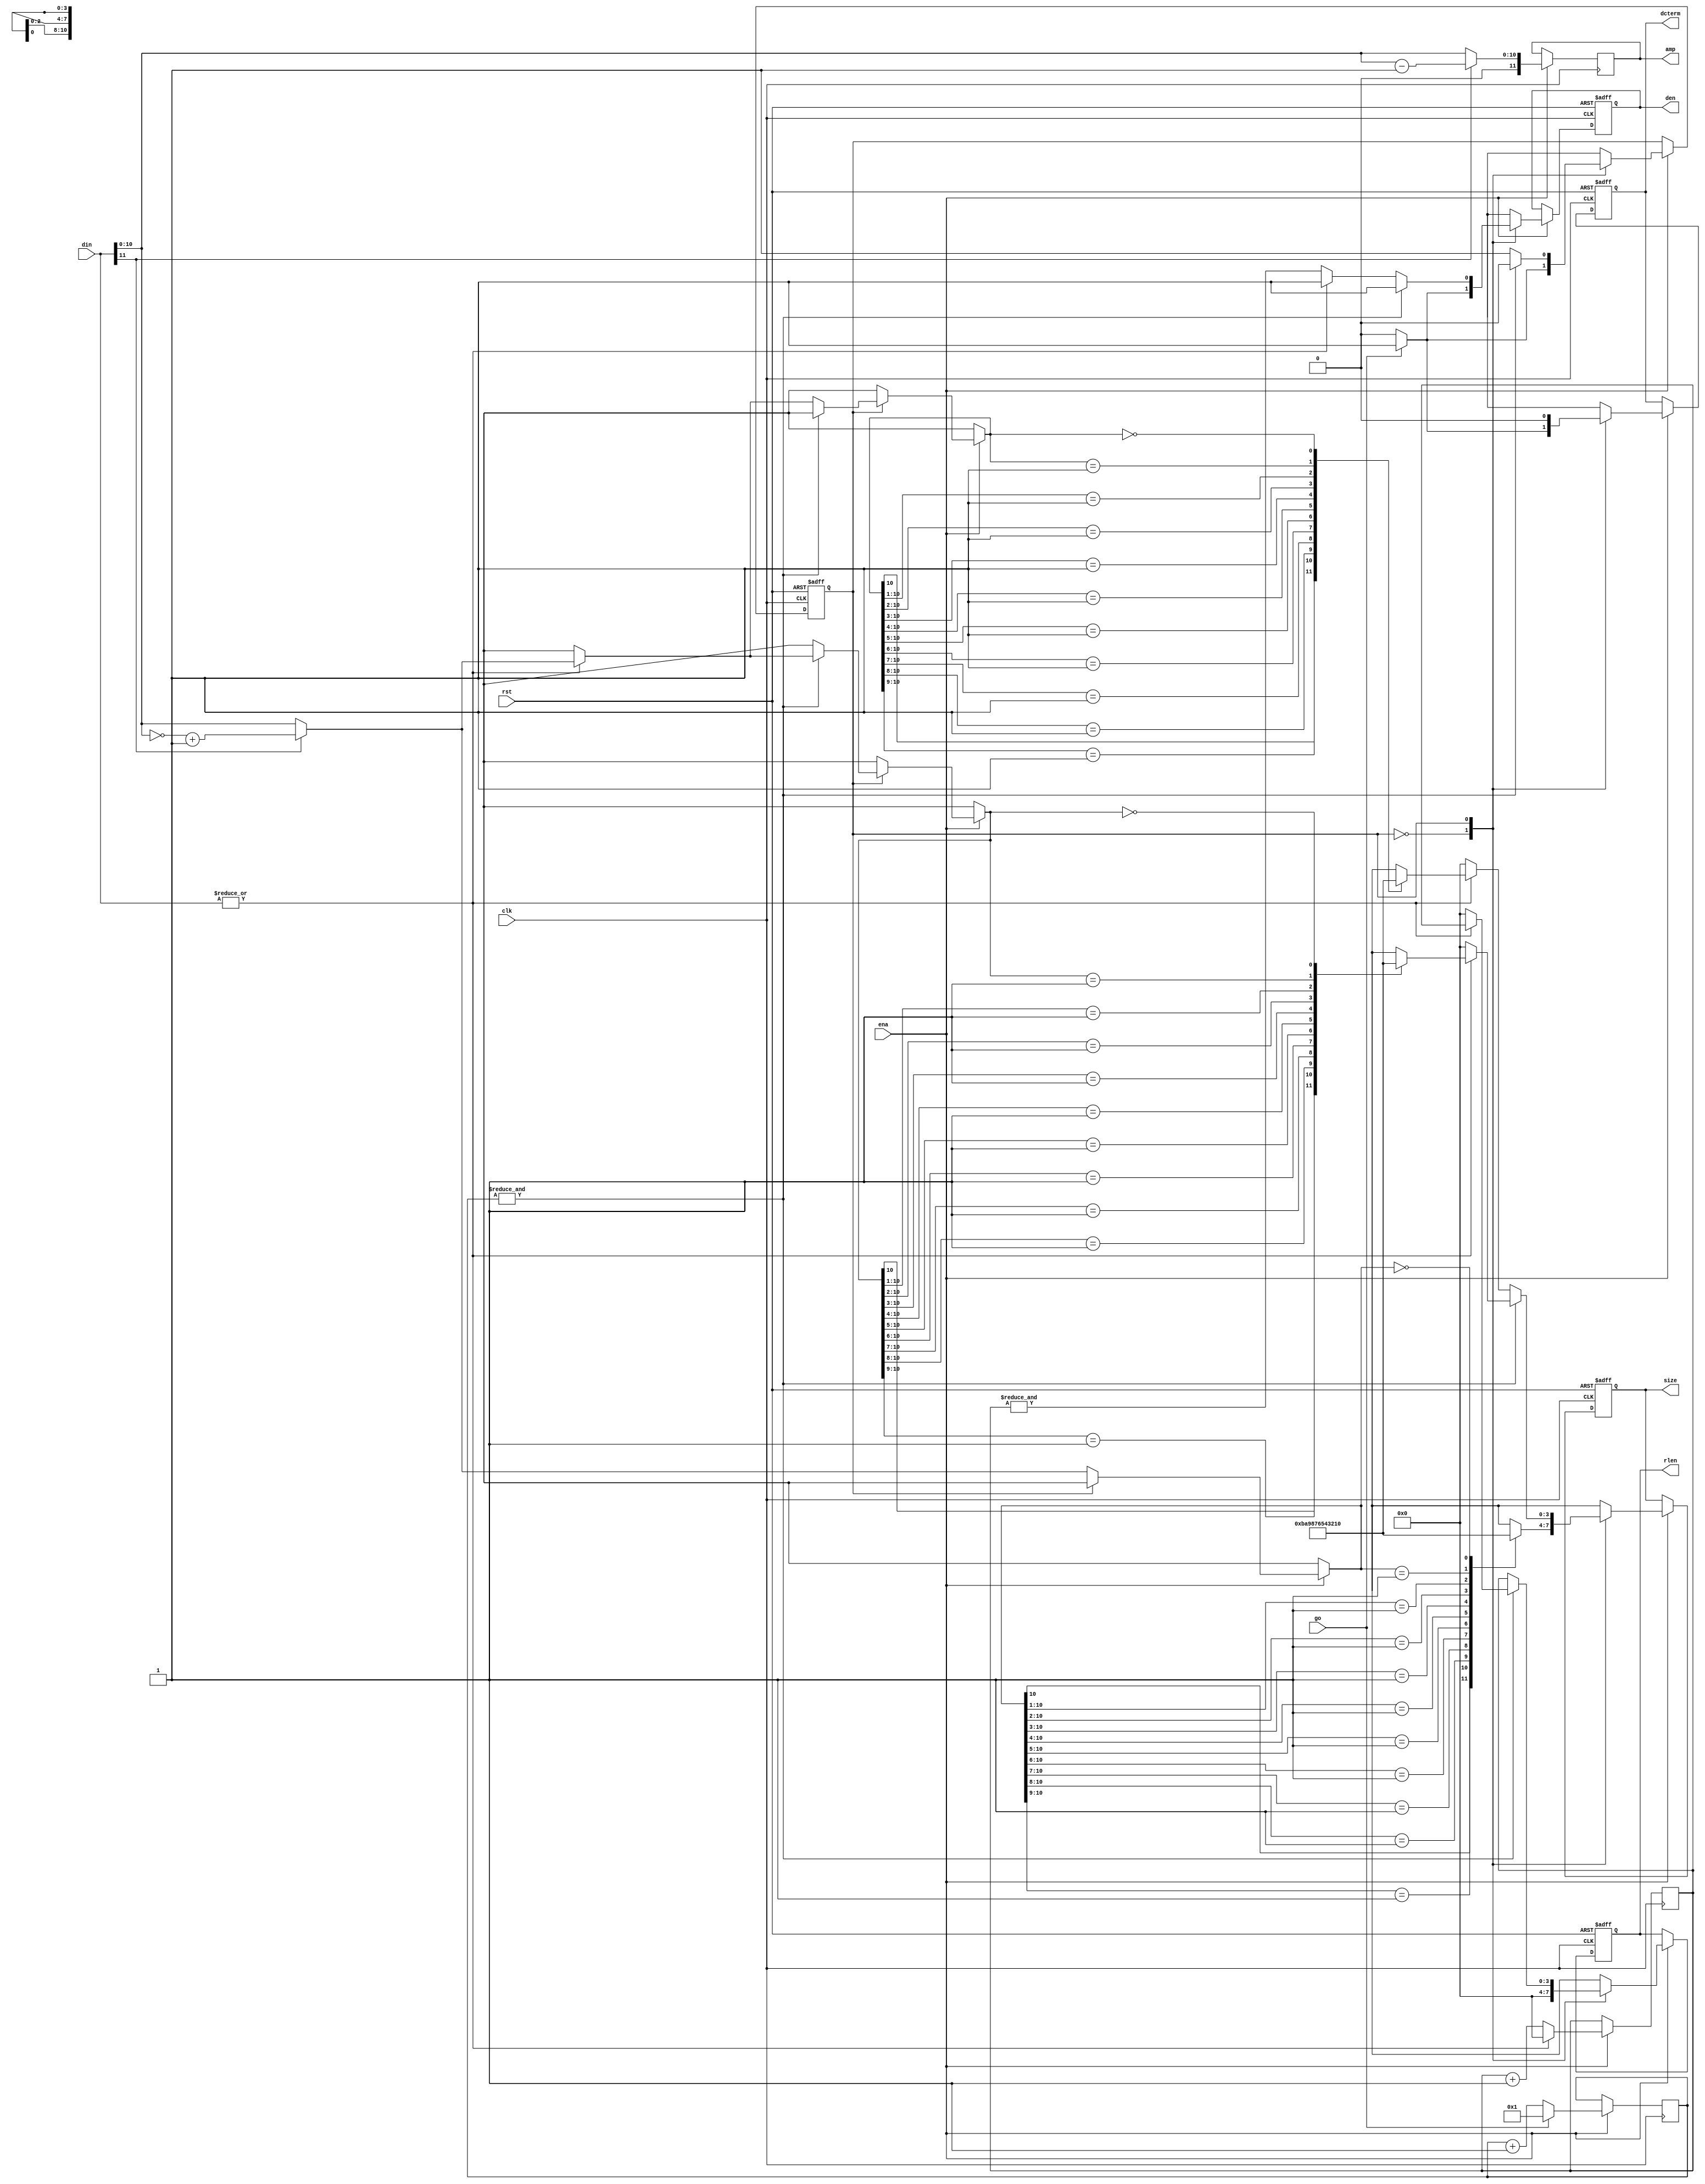
module jpeg_rle1(clk, rst, ena, go, din, rlen, size, amp, den, dcterm);

	//
	// parameters
	//

	//
	// inputs & outputs
	//
	input         clk;    // system clock
	input         rst;    // asynchronous reset
	input         ena;    // clock enable
	input         go;
	input  [11:0] din;    // data input

	output [ 3:0] rlen;   // run-length
	output [ 3:0] size;   // size (or category)
	output [11:0] amp;    // amplitude
	output        den;    // data output enable
	output        dcterm; // DC-term (start of new block)

	reg [ 3:0] rlen, size;
	reg [11:0] amp;
	reg        den, dcterm;

	//
	// variables
	//

	reg [5:0] sample_cnt;
	reg [3:0] zero_cnt;
	wire      is_zero;

	reg       state;
	parameter dc = 1'b0;
	parameter ac = 1'b1;

	//
	// module body
	//

	//
	// function declarations
	//

	// Function abs; absolute value
	function [10:0] abs;
	  input [11:0] a;
	begin
	  if (a[11])
	      abs = (~a[10:0]) +11'h1;
	  else
	      abs = a[10:0];
	end
	endfunction

	// Function cat, calculates category for Din
	function [3:0] cat;
	  input [11:0] a;
	  reg   [10:0] tmp;
	begin
	    // get absolute value
	    tmp = abs(a);

	    // determine category
	    (* full_case, parallel_case *) casex(tmp)
	      11'b1??_????_???? : cat = 4'hb; // 1024..2047
	      11'b01?_????_???? : cat = 4'ha; //  512..1023
	      11'b001_????_???? : cat = 4'h9; //  256.. 511
	      11'b000_1???_???? : cat = 4'h8; //  128.. 255
	      11'b000_01??_???? : cat = 4'h7; //   64.. 127
	      11'b000_001?_???? : cat = 4'h6; //   32..  63
	      11'b000_0001_???? : cat = 4'h5; //   16..  31
	      11'b000_0000_1??? : cat = 4'h4; //    8..  15
	      11'b000_0000_01?? : cat = 4'h3; //    4..   7
	      11'b000_0000_001? : cat = 4'h2; //    2..   3
	      11'b000_0000_0001 : cat = 4'h1; //    1
	      11'b000_0000_0000 : cat = 4'h0; //    0 (DC only)
	    endcase
	end
	endfunction


	// Function modamp, calculate additional bits per category
	function [10:0] rem;
	  input [11:0] a;
	  reg   [10:0] tmp, tmp_rem;
	begin
	    tmp_rem = a[11] ? (a[10:0] - 10'h1) : a[10:0];

	    if(0)
	    begin
	      // get absolute value
	      tmp = abs(a);

	      (* full_case, parallel_case *) casex(tmp)
	        11'b1??_????_???? : rem = tmp_rem & 11'b111_1111_1111;
	        11'b01?_????_???? : rem = tmp_rem & 11'b011_1111_1111;
	        11'b001_????_???? : rem = tmp_rem & 11'b001_1111_1111;
	        11'b000_1???_???? : rem = tmp_rem & 11'b000_1111_1111;
	        11'b000_01??_???? : rem = tmp_rem & 11'b000_0111_1111;
	        11'b000_001?_???? : rem = tmp_rem & 11'b000_0011_1111;
	        11'b000_0001_???? : rem = tmp_rem & 11'b000_0001_1111;
	        11'b000_0000_1??? : rem = tmp_rem & 11'b000_0000_1111;
	        11'b000_0000_01?? : rem = tmp_rem & 11'b000_0000_0111;
	        11'b000_0000_001? : rem = tmp_rem & 11'b000_0000_0011;
	        11'b000_0000_0001 : rem = tmp_rem & 11'b000_0000_0001;
	        11'b000_0000_0000 : rem = tmp_rem & 11'b000_0000_0000;
	      endcase
	    end
	    else
	      rem = tmp_rem;
	end
	endfunction

	// detect zero
	assign is_zero = ~|din;

	// assign dout
	always @(posedge clk)
	  if (ena)
	      amp <= #1 rem(din);

	// generate sample counter
	always @(posedge clk)
	  if (ena)
	      if (go)
	          sample_cnt <= #1 1; // count AC-terms, 'go=1' is sample-zero
	      else
	          sample_cnt <= #1 sample_cnt +1;

	// generate zero counter
	always @(posedge clk)
	  if (ena)
	      if (is_zero)
	          zero_cnt <= #1 zero_cnt +1;
	      else
	          zero_cnt <= #1 0;

	// statemachine, create intermediate results
	always @(posedge clk or negedge rst)
	  if(!rst)
	    begin
	        state  <= #1 dc;
	        rlen   <= #1 0;
	        size   <= #1 0;
	        den    <= #1 1'b0;
	        dcterm <= #1 1'b0;
	    end
	  else if (ena)
	    (* full_case, parallel_case *) case (state)
	      dc:
	        begin
	            rlen <= #1 0;
	            size <= #1 cat(din);

	            if(go)
	              begin
	                  state  <= #1 ac;
	                  den    <= #1 1'b1;
	                  dcterm <= #1 1'b1;
	              end
	            else
	              begin
	                  state  <= #1 dc;
	                  den    <= #1 1'b0;
	                  dcterm <= #1 1'b0;
	              end
	        end

	      ac:
	        if(&sample_cnt)   // finished current block
	           begin
	               state <= #1 dc;

	               if (is_zero) // last sample zero? send EOB
	                  begin
	                      rlen   <= #1 0;
	                      size   <= #1 0;
	                      den    <= #1 1'b1;
	                      dcterm <= #1 1'b0;
	                  end
	               else
	                  begin
	                      rlen <= #1 zero_cnt;
	                      size <= #1 cat(din);
	                      den  <= #1 1'b1;
	                      dcterm <= #1 1'b0;
	                  end
	           end
	        else
	           begin
	               state  <= #1 ac;

	               rlen   <= #1 zero_cnt;
	               dcterm <= #1 1'b0;

	               if (is_zero)
	                  begin
	                      size   <= #1 0;
	                      den    <= #1 &zero_cnt;
	                  end
	               else
	                  begin
	                      size <= #1 cat(din);
	                      den  <= #1 1'b1;
	                  end
	           end
	    endcase

endmodule